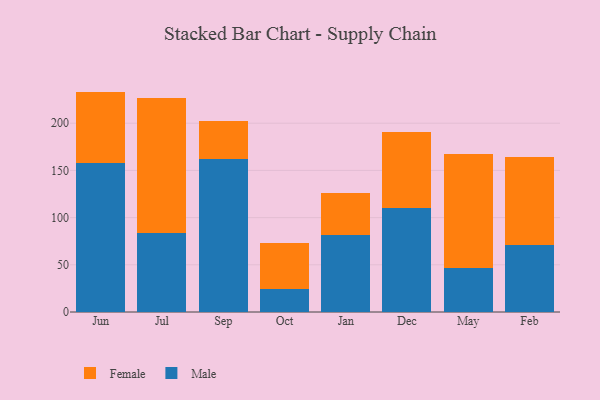
{"axis": {"x": "Month", "y": "Churn Rate (%)"}, "legend": ["Female", "Male"], "data": [{"x": "Jun", "y": 157.5, "type": "Male"}, {"x": "Jun", "y": 76.0, "type": "Female"}, {"x": "Jul", "y": 84.1, "type": "Male"}, {"x": "Jul", "y": 143.1, "type": "Female"}, {"x": "Sep", "y": 162.0, "type": "Male"}, {"x": "Sep", "y": 40.8, "type": "Female"}, {"x": "Oct", "y": 24.3, "type": "Male"}, {"x": "Oct", "y": 48.4, "type": "Female"}, {"x": "Jan", "y": 81.8, "type": "Male"}, {"x": "Jan", "y": 43.9, "type": "Female"}, {"x": "Dec", "y": 109.7, "type": "Male"}, {"x": "Dec", "y": 81.0, "type": "Female"}, {"x": "May", "y": 47.1, "type": "Male"}, {"x": "May", "y": 120.4, "type": "Female"}, {"x": "Feb", "y": 70.6, "type": "Male"}, {"x": "Feb", "y": 93.7, "type": "Female"}]}